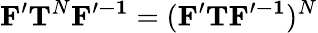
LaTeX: \mathbf{F^{\prime}}\mathbf{T}^{N}\mathbf{F^{\prime-1}}=(\mathbf{F^{\prime}}\mathbf{T}\mathbf{F^{\prime-1}})^{N}